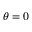
\theta = 0